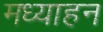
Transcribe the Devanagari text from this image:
मध्याहन